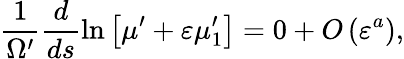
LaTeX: \frac{1}{\Omega^{\prime}}\frac{d}{ds}\ln\left[\mu^{\prime}+\varepsilon\mu_{1}^{\prime}\right]=0+O\left(\varepsilon^{a}\right),